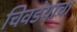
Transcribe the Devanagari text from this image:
चिवडयाचा